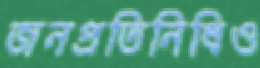
জনপ্রতিনিধিও